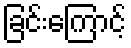
ခြင်းကြောင့်